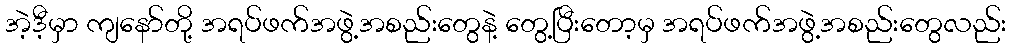
အဲ့ဒီ့မှာ ကျနော်တို့ အရပ်ဖက်အဖွဲ့အစည်းတွေနဲ့ တွေ့ပြီးတော့မှ အရပ်ဖက်အဖွဲ့အစည်းတွေလည်း